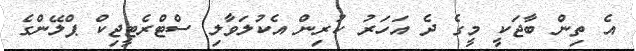
އެ ތިން ބާޖަކީ މީގެ ދެ އަހަރު ކުރިން އެކުލަވާލި ސްޓްރެޓީޖިކް ޕްލޭންގެ